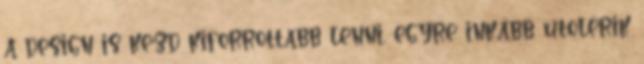
a design is kezd kiforrottabb lenni, egyre inkább utolérik